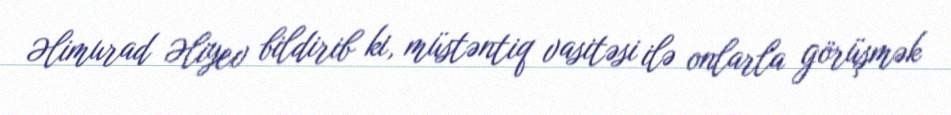
Əlimurad Əliyev bildirib ki, müstəntiq vasitəsi ilə onlarla görüşmək